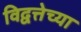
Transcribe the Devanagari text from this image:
विद्वत्तेच्या